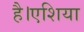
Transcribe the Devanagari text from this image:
है।एशिया